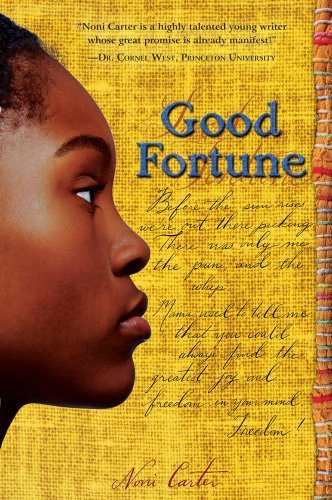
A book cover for Good Fortune; Noni Carter; Teen & Young Adult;